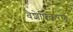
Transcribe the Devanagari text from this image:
वैशेषिकरण